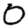
Digit: 0